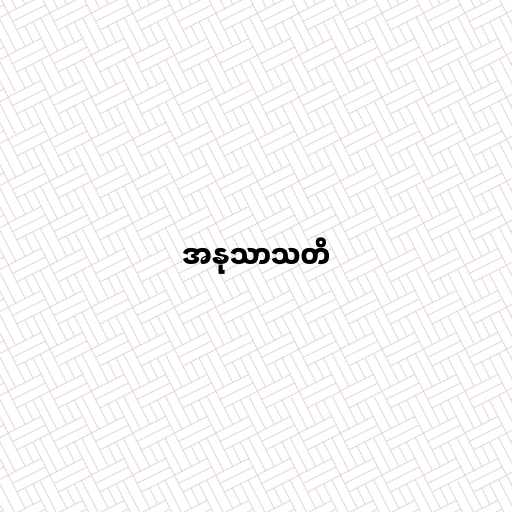
အနုသာသတိ